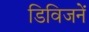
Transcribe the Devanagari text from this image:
डिविजनें